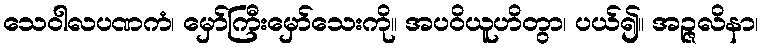
သေဝါလပဏကံ၊ မှော်ကြီးမှော်သေးကို။ အပဝိယူဟိတွာ၊ ပယ်၍။ အဉ္ဇလိနာ၊